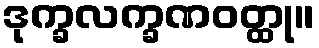
ဒုက္ခလက္ခဏဝတ္ထု။